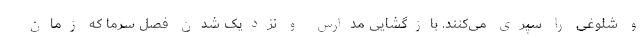
و شلوغی را سپری می‌کنند. بازگشایی مدارس و نزدیک شدن فصل سرما که زمان